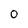
Character: 0